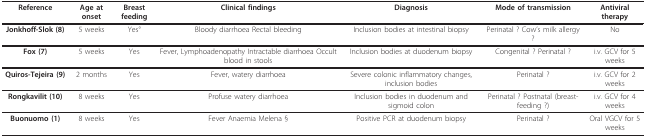
<table><thead><tr><td><b>Reference</b></td><td><b>Age at onset</b></td><td><b>Breast feeding</b></td><td><b>Clinical findings</b></td><td><b>Diagnosis</b></td><td><b>Mode of transmission</b></td><td><b>Antiviral therapy</b></td></tr></thead><tbody><tr><td><b>Jonkhoff-Slok (8)</b></td><td>5 weeks</td><td>Yes°</td><td>Bloody diarrhoea Rectal bleeding</td><td>Inclusion bodies at intestinal biopsy</td><td>Perinatal ? Cow&#x27;s milk allergy ?</td><td>No</td></tr><tr><td><b>Fox (7)</b></td><td>5 weeks</td><td>Yes</td><td>Fever, Lymphoadenopathy Intractable diarrhoea Occult blood in stools</td><td>Inclusion bodies at duodenum biopsy</td><td>Congenital ? Perinatal ?</td><td>i.v. GCV for 5 weeks</td></tr><tr><td><b>Quiros-Tejeira (9)</b></td><td>2 months</td><td>Yes</td><td>Fever, watery diarrhoea</td><td>Severe colonic inflammatory changes, inclusion bodies</td><td>Perinatal ?</td><td>i.v. GCV for 2 weeks</td></tr><tr><td><b>Rongkavilit (10)</b></td><td>8 weeks</td><td>Yes</td><td>Profuse watery diarrhoea</td><td>Inclusion bodies in duodenum and sigmoid colon</td><td>Perinatal ? Postnatal (breast-feeding ?)</td><td>i.v. GCV for 4 weeks</td></tr><tr><td><b>Buonuomo (1)</b></td><td>8 weeks</td><td>Yes</td><td>Fever Anaemia Melena §</td><td>Positive PCR at duodenum biopsy</td><td>Perinatal ?</td><td>Oral VGCV for 5 weeks</td></tr></tbody></table>